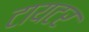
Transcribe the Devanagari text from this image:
टायटर